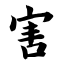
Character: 害